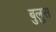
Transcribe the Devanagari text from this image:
बुलुस